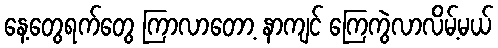
နေ့တွေရက်တွေ ကြာလာတော့ နာကျင် ကြေကွဲလာလိမ့်မယ်